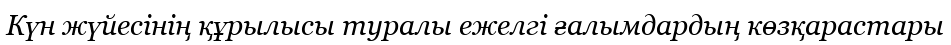
Күн жүйесінің құрылысы туралы ежелгі ғалымдардың көзқарастары